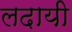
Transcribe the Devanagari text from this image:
लदायी